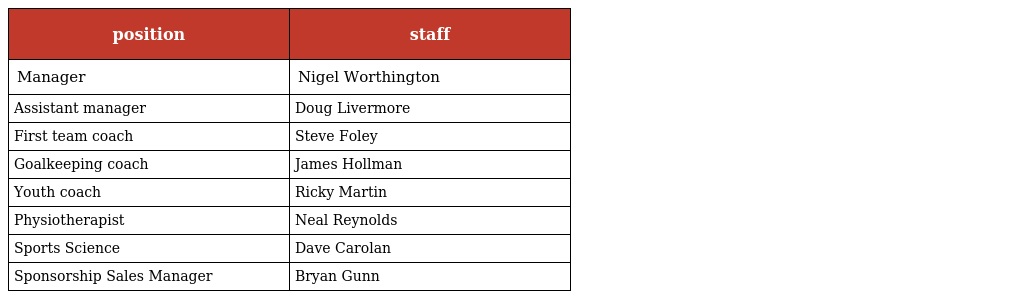
| position | staff |
 | --- | --- |
 | Manager | Nigel Worthington |
 | Assistant manager | Doug Livermore |
 | First team coach | Steve Foley |
 | Goalkeeping coach | James Hollman |
 | Youth coach | Ricky Martin |
 | Physiotherapist | Neal Reynolds |
 | Sports Science | Dave Carolan |
 | Sponsorship Sales Manager | Bryan Gunn |